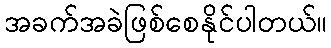
အခက်အခဲဖြစ်စေနိုင်ပါတယ်။